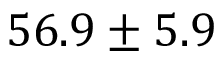
5 6 . 9 \pm 5 . 9